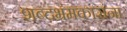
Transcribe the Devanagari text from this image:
शब्दभ्रमकारांना